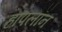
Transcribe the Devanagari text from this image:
हॉपलॉन